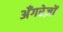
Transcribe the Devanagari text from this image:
अँगरेज़ों